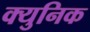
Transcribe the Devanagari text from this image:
क्युनिक